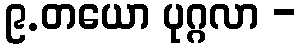
၉.တယော ပုဂ္ဂလာ -